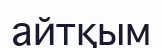
айтқым